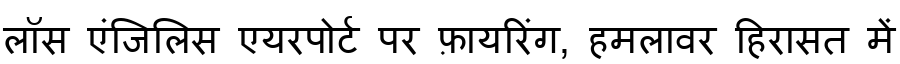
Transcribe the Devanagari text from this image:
लॉस एंजिलिस एयरपोर्ट पर फ़ायरिंग, हमलावर हिरासत में